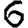
Digit: 6